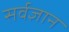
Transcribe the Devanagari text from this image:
सर्वज्ञान